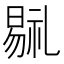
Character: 𣉷